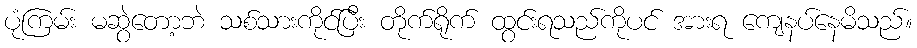
ပုံကြမ်း မဆွဲတော့ဘဲ သစ်သားကိုင်ပြီး တိုက်ရိုက် ထွင်းရသည်ကိုပင် အားရ ကျေနပ်နေမိသည်။